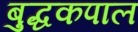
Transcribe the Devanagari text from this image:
बुद्धकपाल